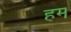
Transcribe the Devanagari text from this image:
हम